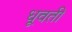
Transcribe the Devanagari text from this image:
धूवती